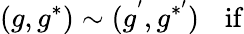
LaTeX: (g,g^{*})\sim(g^{'},g^{*^{\prime}})\ \ \, \ \mathrm{if}